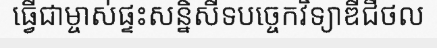
ធ្វើជាម្ចាស់ផ្ទះសន្និសីទបច្ចេកវិទ្យាឌីជីថល